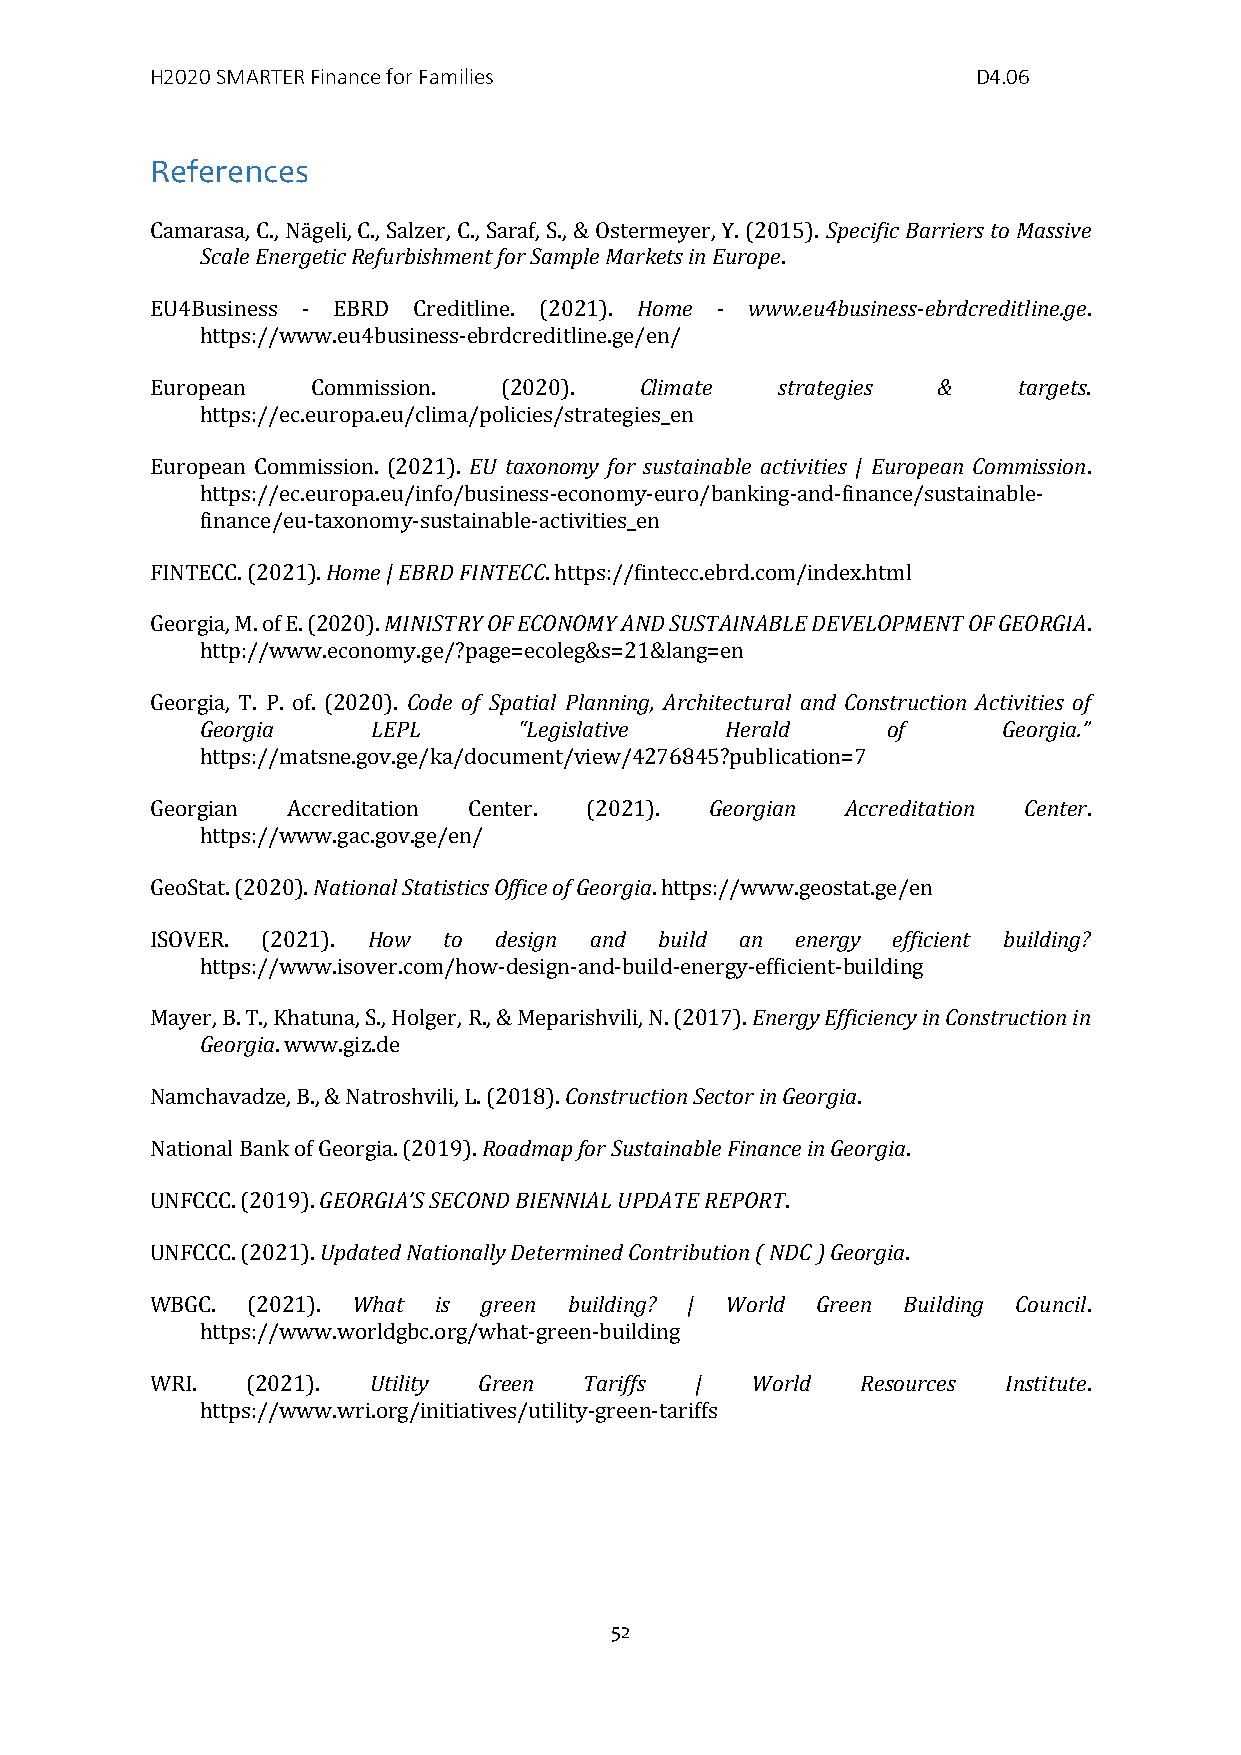
H2020 SMARTER Finance for Families                     D4.06
 References
 Camarasa, C., Nägeli, C., Salzer, C., Saraf, S., & Ostermeyer, Y. (2015). Specific Barriers to Massive
 Scale Energetic Refurbishment for Sample Markets in Europe.
 EU4Business - EBRD Creditline. (2021). Home - www.eu4business-ebrdcreditline.ge.
 https://www.eu4business-ebrdcreditline.ge/en/
 European   Commission. (2020).  Climate   strategies &   targets.
 https://ec.europa.eu/clima/policies/strategies_en
 European Commission. (2021). EU taxonomy for sustainable activities | European Commission.
 https://ec.europa.eu/info/business-economy-euro/banking-and-finance/sustainable-
 finance/eu-taxonomy-sustainable-activities_en
 FINTECC. (2021). Home | EBRD FINTECC. https://fintecc.ebrd.com/index.html
 Georgia, M. of E. (2020). MINISTRY OF ECONOMY AND SUSTAINABLE DEVELOPMENT OF GEORGIA.
 http://www.economy.ge/?page=ecoleg&s=21&lang=en
 Georgia, T. P. of. (2020). Code of Spatial Planning, Architectural and Construction Activities of
 Georgia     LEPL     “Legislative  Herald     of     Georgia.”
 https://matsne.gov.ge/ka/document/view/4276845?publication=7
 Georgian Accreditation Center. (2021). Georgian Accreditation Center.
 https://www.gac.gov.ge/en/
 GeoStat. (2020). National Statistics Office of Georgia. https://www.geostat.ge/en
 ISOVER. (2021). How to design and build an energy efficient building?
 https://www.isover.com/how-design-and-build-energy-efficient-building
 Mayer, B. T., Khatuna, S., Holger, R., & Meparishvili, N. (2017). Energy Efficiency in Construction in
 Georgia. www.giz.de
 Namchavadze, B., & Natroshvili, L. (2018). Construction Sector in Georgia.
 National Bank of Georgia. (2019). Roadmap for Sustainable Finance in Georgia.
 UNFCCC. (2019). GEORGIA’S SECOND BIENNIAL UPDATE REPORT.
 UNFCCC. (2021). Updated Nationally Determined Contribution ( NDC ) Georgia.
 WBGC. (2021). What is green building? | World Green Building Council.
 https://www.worldgbc.org/what-green-building
 WRI.  (2021). Utility Green  Tariffs |  World  Resources Institute.
 https://www.wri.org/initiatives/utility-green-tariffs
 52